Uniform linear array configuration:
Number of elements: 48
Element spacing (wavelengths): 0.75
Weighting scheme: exponential
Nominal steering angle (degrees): -45
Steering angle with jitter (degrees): -44.221
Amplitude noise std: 0.05
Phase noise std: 0.05

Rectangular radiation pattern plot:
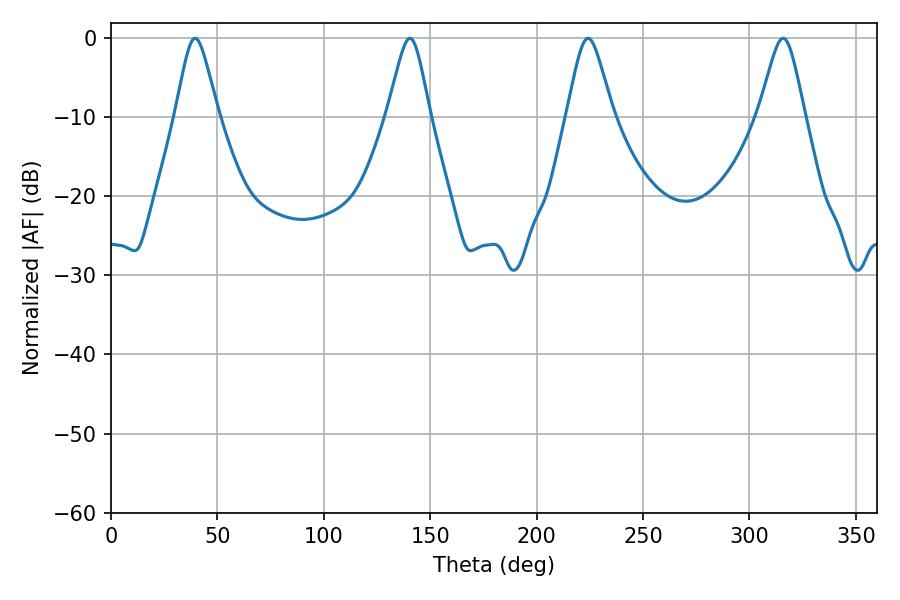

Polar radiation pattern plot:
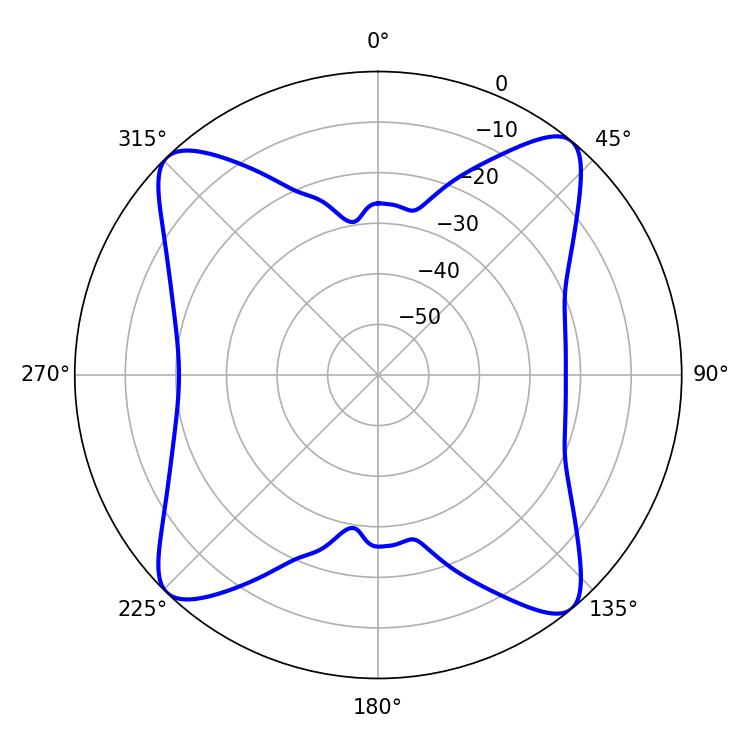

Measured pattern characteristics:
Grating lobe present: TRUE
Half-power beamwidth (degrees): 10.44
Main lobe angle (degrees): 224.1